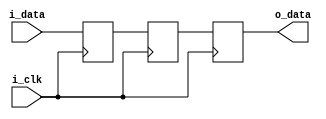
module n_stage_synchronizer
#(
  parameter NUM_STAGE  = 3,
  parameter DATA_WIDTH = 8
)
(
  input wire i_clk,                   // clock signal
  input wire [DATA_WIDTH-1:0] i_data, // input data synced with another clock
  output reg [DATA_WIDTH-1:0] o_data  // output data synced with i_clk
);

  genvar i;
  generate
    for (i=0; i<NUM_STAGE; i=i+1) begin : stage_block
      reg [DATA_WIDTH-1:0] stage_reg;
      
      always @(posedge i_clk) begin
        if (i==0) begin
          stage_reg <= i_data;
        end
        else begin
          stage_reg <= stage_block[i-1].stage_reg;
        end
      end
      
    end
  endgenerate

  //from the last stage
  assign o_data = stage_block[NUM_STAGE-1].stage_reg;

endmodule